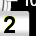
Digit: 2